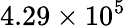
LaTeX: {4.29\times 10^{5}}